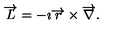
\overrightarrow { L } = - \imath \overrightarrow { r } \times \overrightarrow { \nabla } .